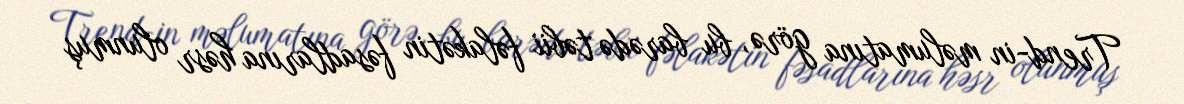
Trend-in məlumatına görə, bu barədə təbii fəlakətin fəsadlarına həsr olunmuş